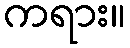
ကရား။